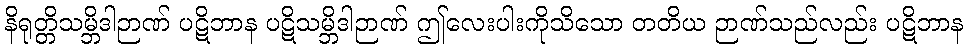
နိရုတ္တိသမ္ဘိဒါဉာဏ် ပဋိဘာန ပဋိသမ္ဘိဒါဉာဏ် ဤလေးပါးကိုသိသော တတိယ ဉာဏ်သည်လည်း ပဋိဘာန